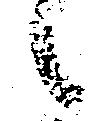
候